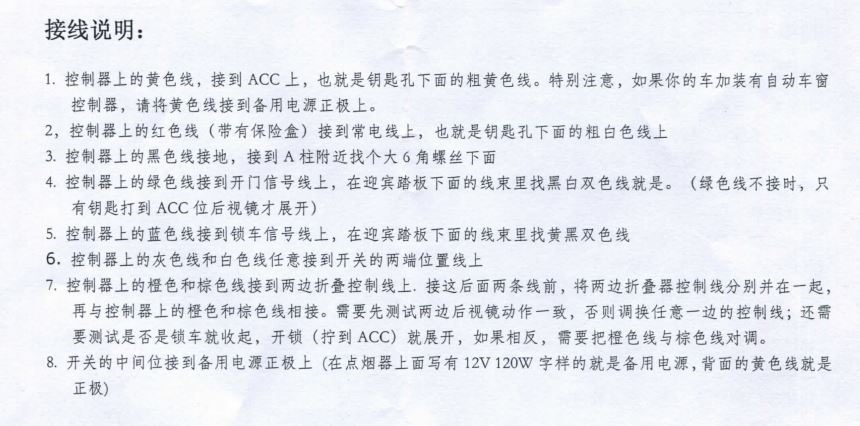
Language: zh